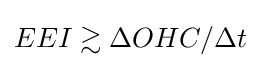
EEI\gtrsim \Delta OHC/\Delta t